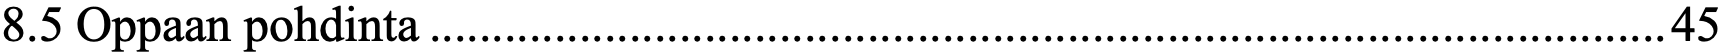
8.5 Oppaan pohdinta ................................................................................................... 45